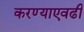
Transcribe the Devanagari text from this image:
करण्याएवढी